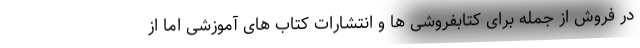
در فروش از جمله برای کتابفروشی ها و انتشارات کتاب های آموزشی اما از